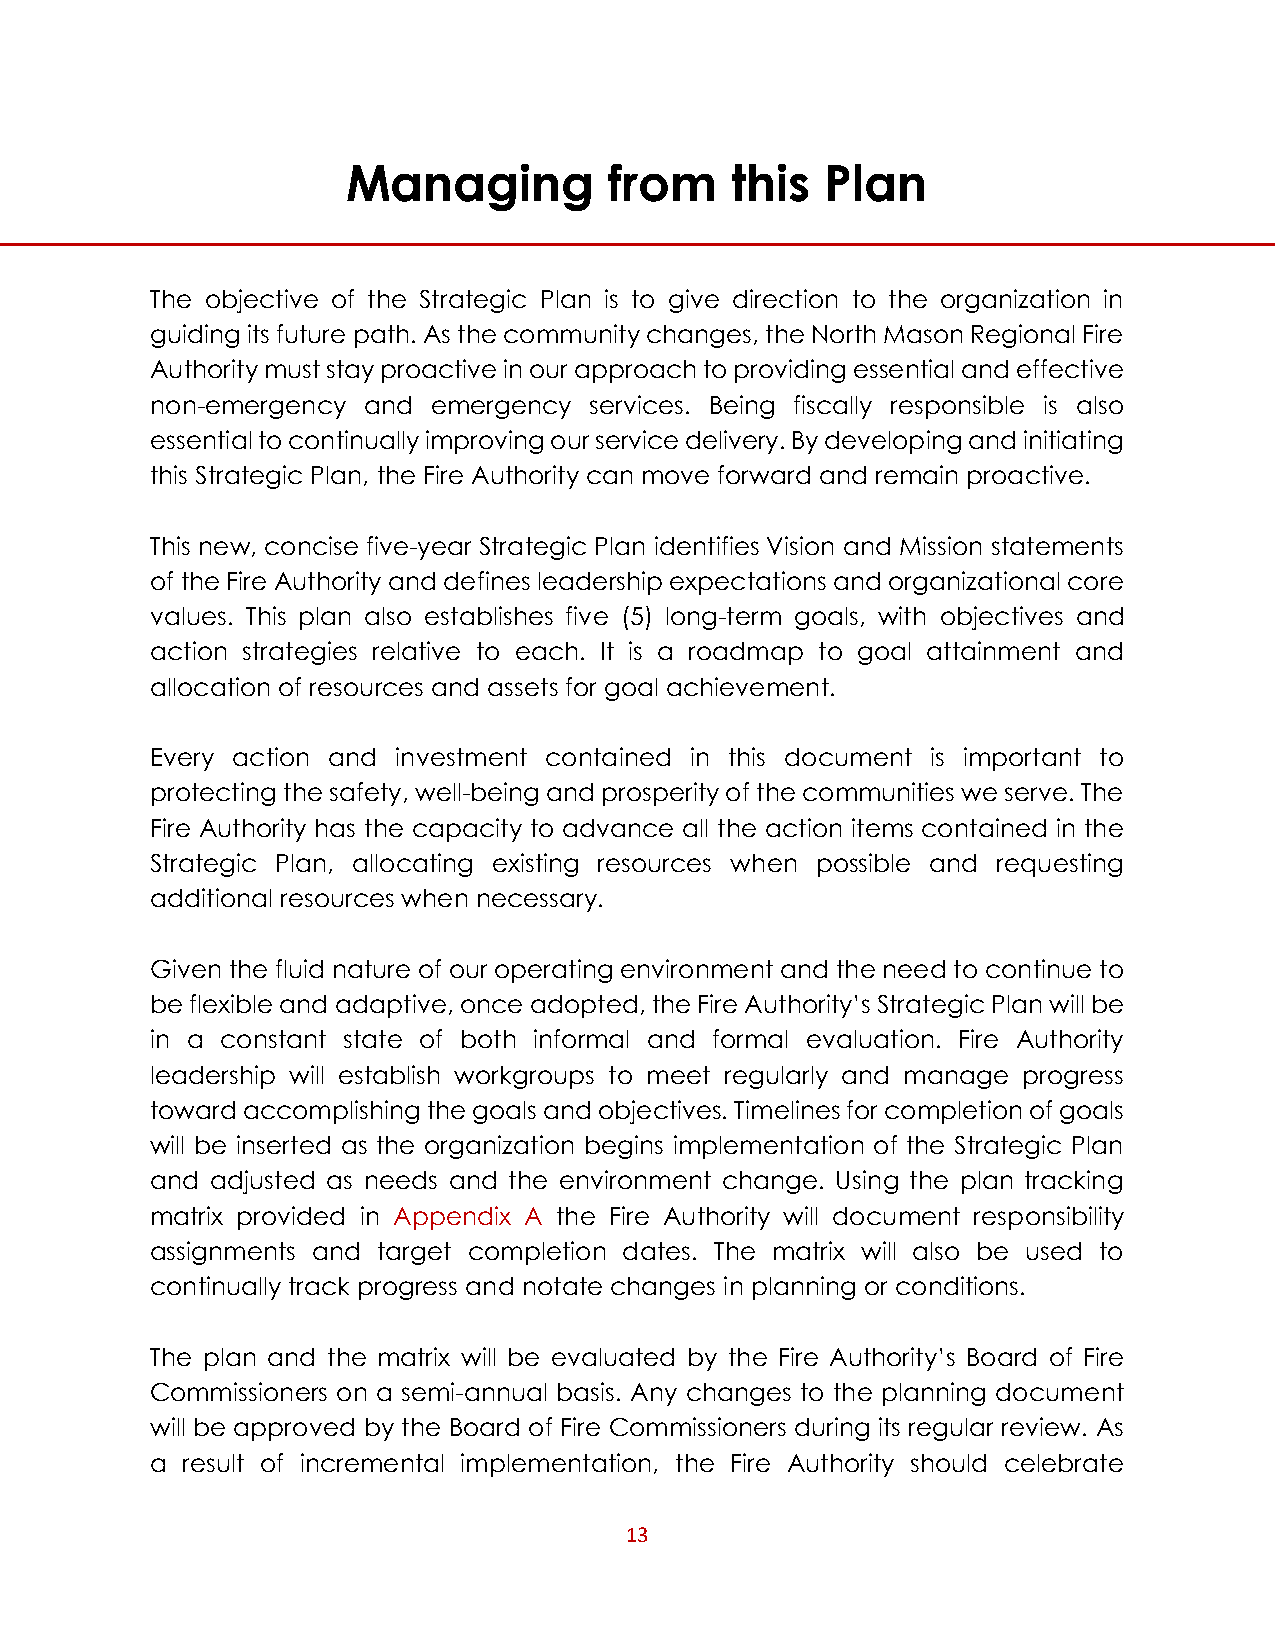
Managing         from    this   Plan
 The objective of the Strategic Plan is to give direction to the organization in
 guiding its future path. As the community changes, the North Mason Regional Fire
 Authority must stay proactive in our approach to providing essential and effective
 non-emergency and  emergency services. Being fiscally responsible is also
 essential to continually improving our service delivery. By developing and initiating
 this Strategic Plan, the Fire Authority can move forward and remain proactive.
 This new, concise five-year Strategic Plan identifies Vision and Mission statements
 of the Fire Authority and defines leadership expectations and organizational core
 values. This plan also establishes five (5) long-term goals, with objectives and
 action strategies relative to each. It is a roadmap to goal attainment and
 allocation of resources and assets for goal achievement.
 Every action and investment contained in this document is important to
 protecting the safety, well-being and prosperity of the communities we serve. The
 Fire Authority has the capacity to advance all the action items contained in the
 Strategic Plan, allocating existing resources when possible and requesting
 additional resources when necessary.
 Given the fluid nature of our operating environment and the need to continue to
 be flexible and adaptive, once adopted, the Fire Authority’s Strategic Plan will be
 in a constant state of both informal and formal evaluation. Fire Authority
 leadership will establish workgroups to meet regularly and manage progress
 toward accomplishing the goals and objectives. Timelines for completion of goals
 will be inserted as the organization begins implementation of the Strategic Plan
 and adjusted as needs and the environment change. Using the plan tracking
 matrix provided in Appendix A the Fire Authority will document responsibility
 assignments and target completion dates. The matrix will also be used to
 continually track progress and notate changes in planning or conditions.
 The plan and the matrix will be evaluated by the Fire Authority’s Board of Fire
 Commissioners on a semi-annual basis. Any changes to the planning document
 will be approved by the Board of Fire Commissioners during its regular review. As
 a result of incremental implementation, the Fire Authority should celebrate
 13